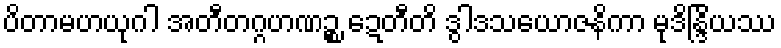
ပိတာမဟယုဂါ အတီတဂ္ဂဟဏဉ္စ ဍေတီတိ ဒွါဒသယောဇနိကာ မုဒိန္ဒြိယဿ